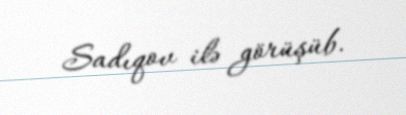
Sadıqov ilə görüşüb.